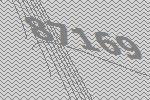
87169